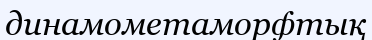
динамометаморфтық